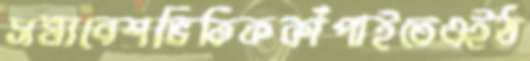
সমাবেশভিত্তিককাঁপাইতেএইঠ